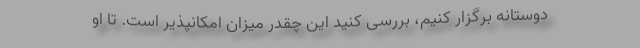
دوستانه برگزار کنیم، بررسی کنید این چقدر میزان امکانپذیر است. تا او